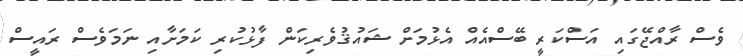
ވެސް ރާއްޖޭގައި އަސްކަރީ ބޭސްއެއް އެޅުމަށް ޝައުޤުވެރިކަން ފާޅުކުރި ކަމަށާއި ނަމަވެސް ރައީސް